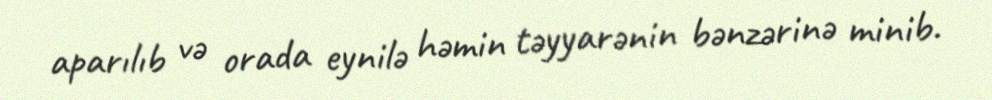
aparılıb və orada eynilə həmin təyyarənin bənzərinə minib.